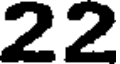
22